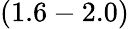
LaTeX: (1.6-2.0)